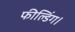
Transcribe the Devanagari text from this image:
फील्डिंग।